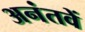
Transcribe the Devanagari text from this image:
अनंतवें